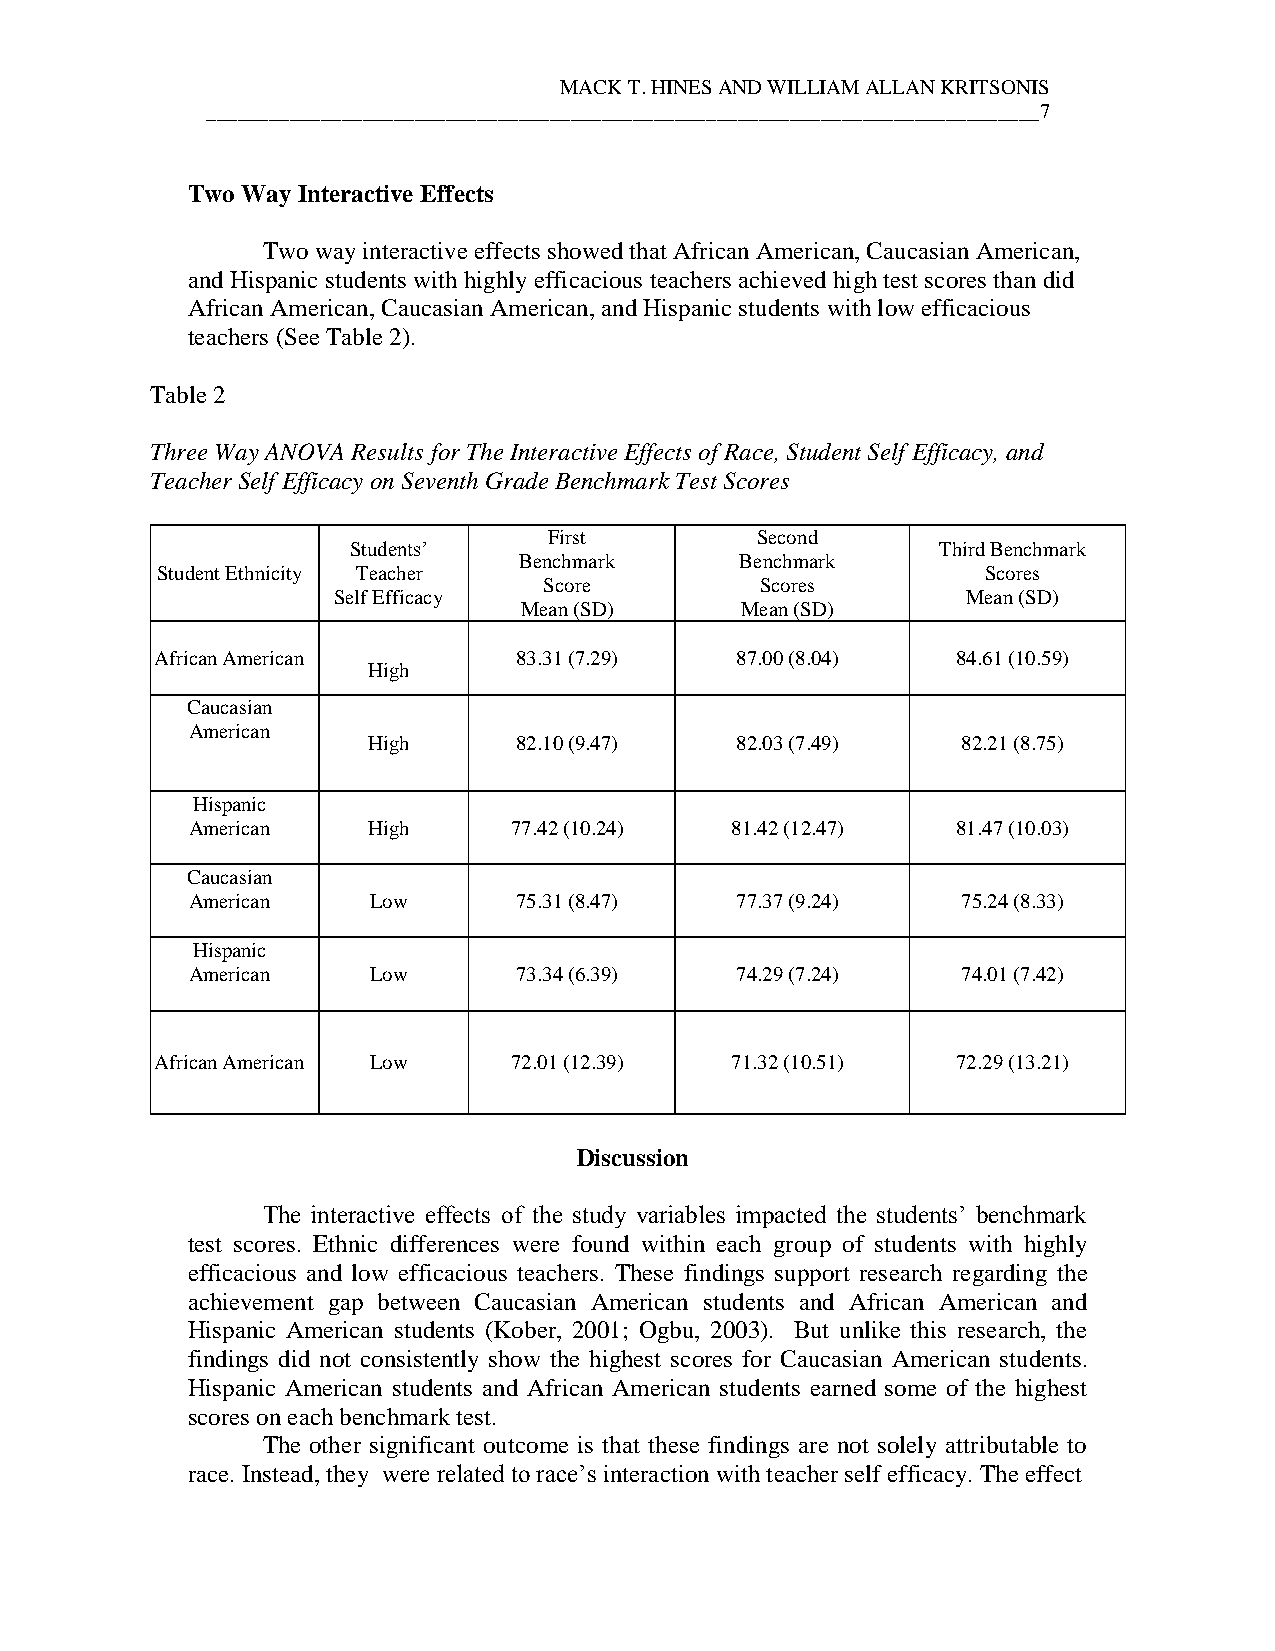
MACK T. HINES AND WILLIAM ALLAN KRITSONIS
 ________________________________________________________________________________7
 Two Way Interactive Effects
 Two way interactive effects showed that African American, Caucasian American,
 and Hispanic students with highly efficacious teachers achieved high test scores than did
 African American, Caucasian American, and Hispanic students with low efficacious
 teachers (See Table 2).
 Table 2
 Three Way ANOVA Results for The Interactive Effects of Race, Student Self Efficacy, and
 Teacher Self Efficacy on Seventh Grade Benchmark Test Scores
 First         Second
 Students’                              Third Benchmark
 Benchmark      Benchmark
 Student Ethnicity Teacher                              Scores
 Score         Scores
 Self Efficacy                             Mean (SD)
 Mean (SD)      Mean (SD)
 African American        83.31 (7.29)   87.00 (8.04)  84.61 (10.59)
 High
 Caucasian
 American
 High      82.10 (9.47)   82.03 (7.49)   82.21 (8.75)
 Hispanic
 American    High      77.42 (10.24) 81.42 (12.47)  81.47 (10.03)
 Caucasian
 American    Low       75.31 (8.47)   77.37 (9.24)   75.24 (8.33)
 Hispanic
 American    Low       73.34 (6.39)   74.29 (7.24)   74.01 (7.42)
 African American Low    72.01 (12.39) 71.32 (10.51)  72.29 (13.21)
 Discussion
 The interactive effects of the study variables impacted the students’ benchmark
 test scores. Ethnic differences were found within each group of students with highly
 efficacious and low efficacious teachers. These findings support research regarding the
 achievement gap between Caucasian American students and African American and
 Hispanic American students (Kober, 2001; Ogbu, 2003). But unlike this research, the
 findings did not consistently show the highest scores for Caucasian American students.
 Hispanic American students and African American students earned some of the highest
 scores on each benchmark test.
 The other significant outcome is that these findings are not solely attributable to
 race. Instead, they were related to race’s interaction with teacher self efficacy. The effect